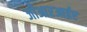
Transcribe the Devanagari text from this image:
जीआरआईए